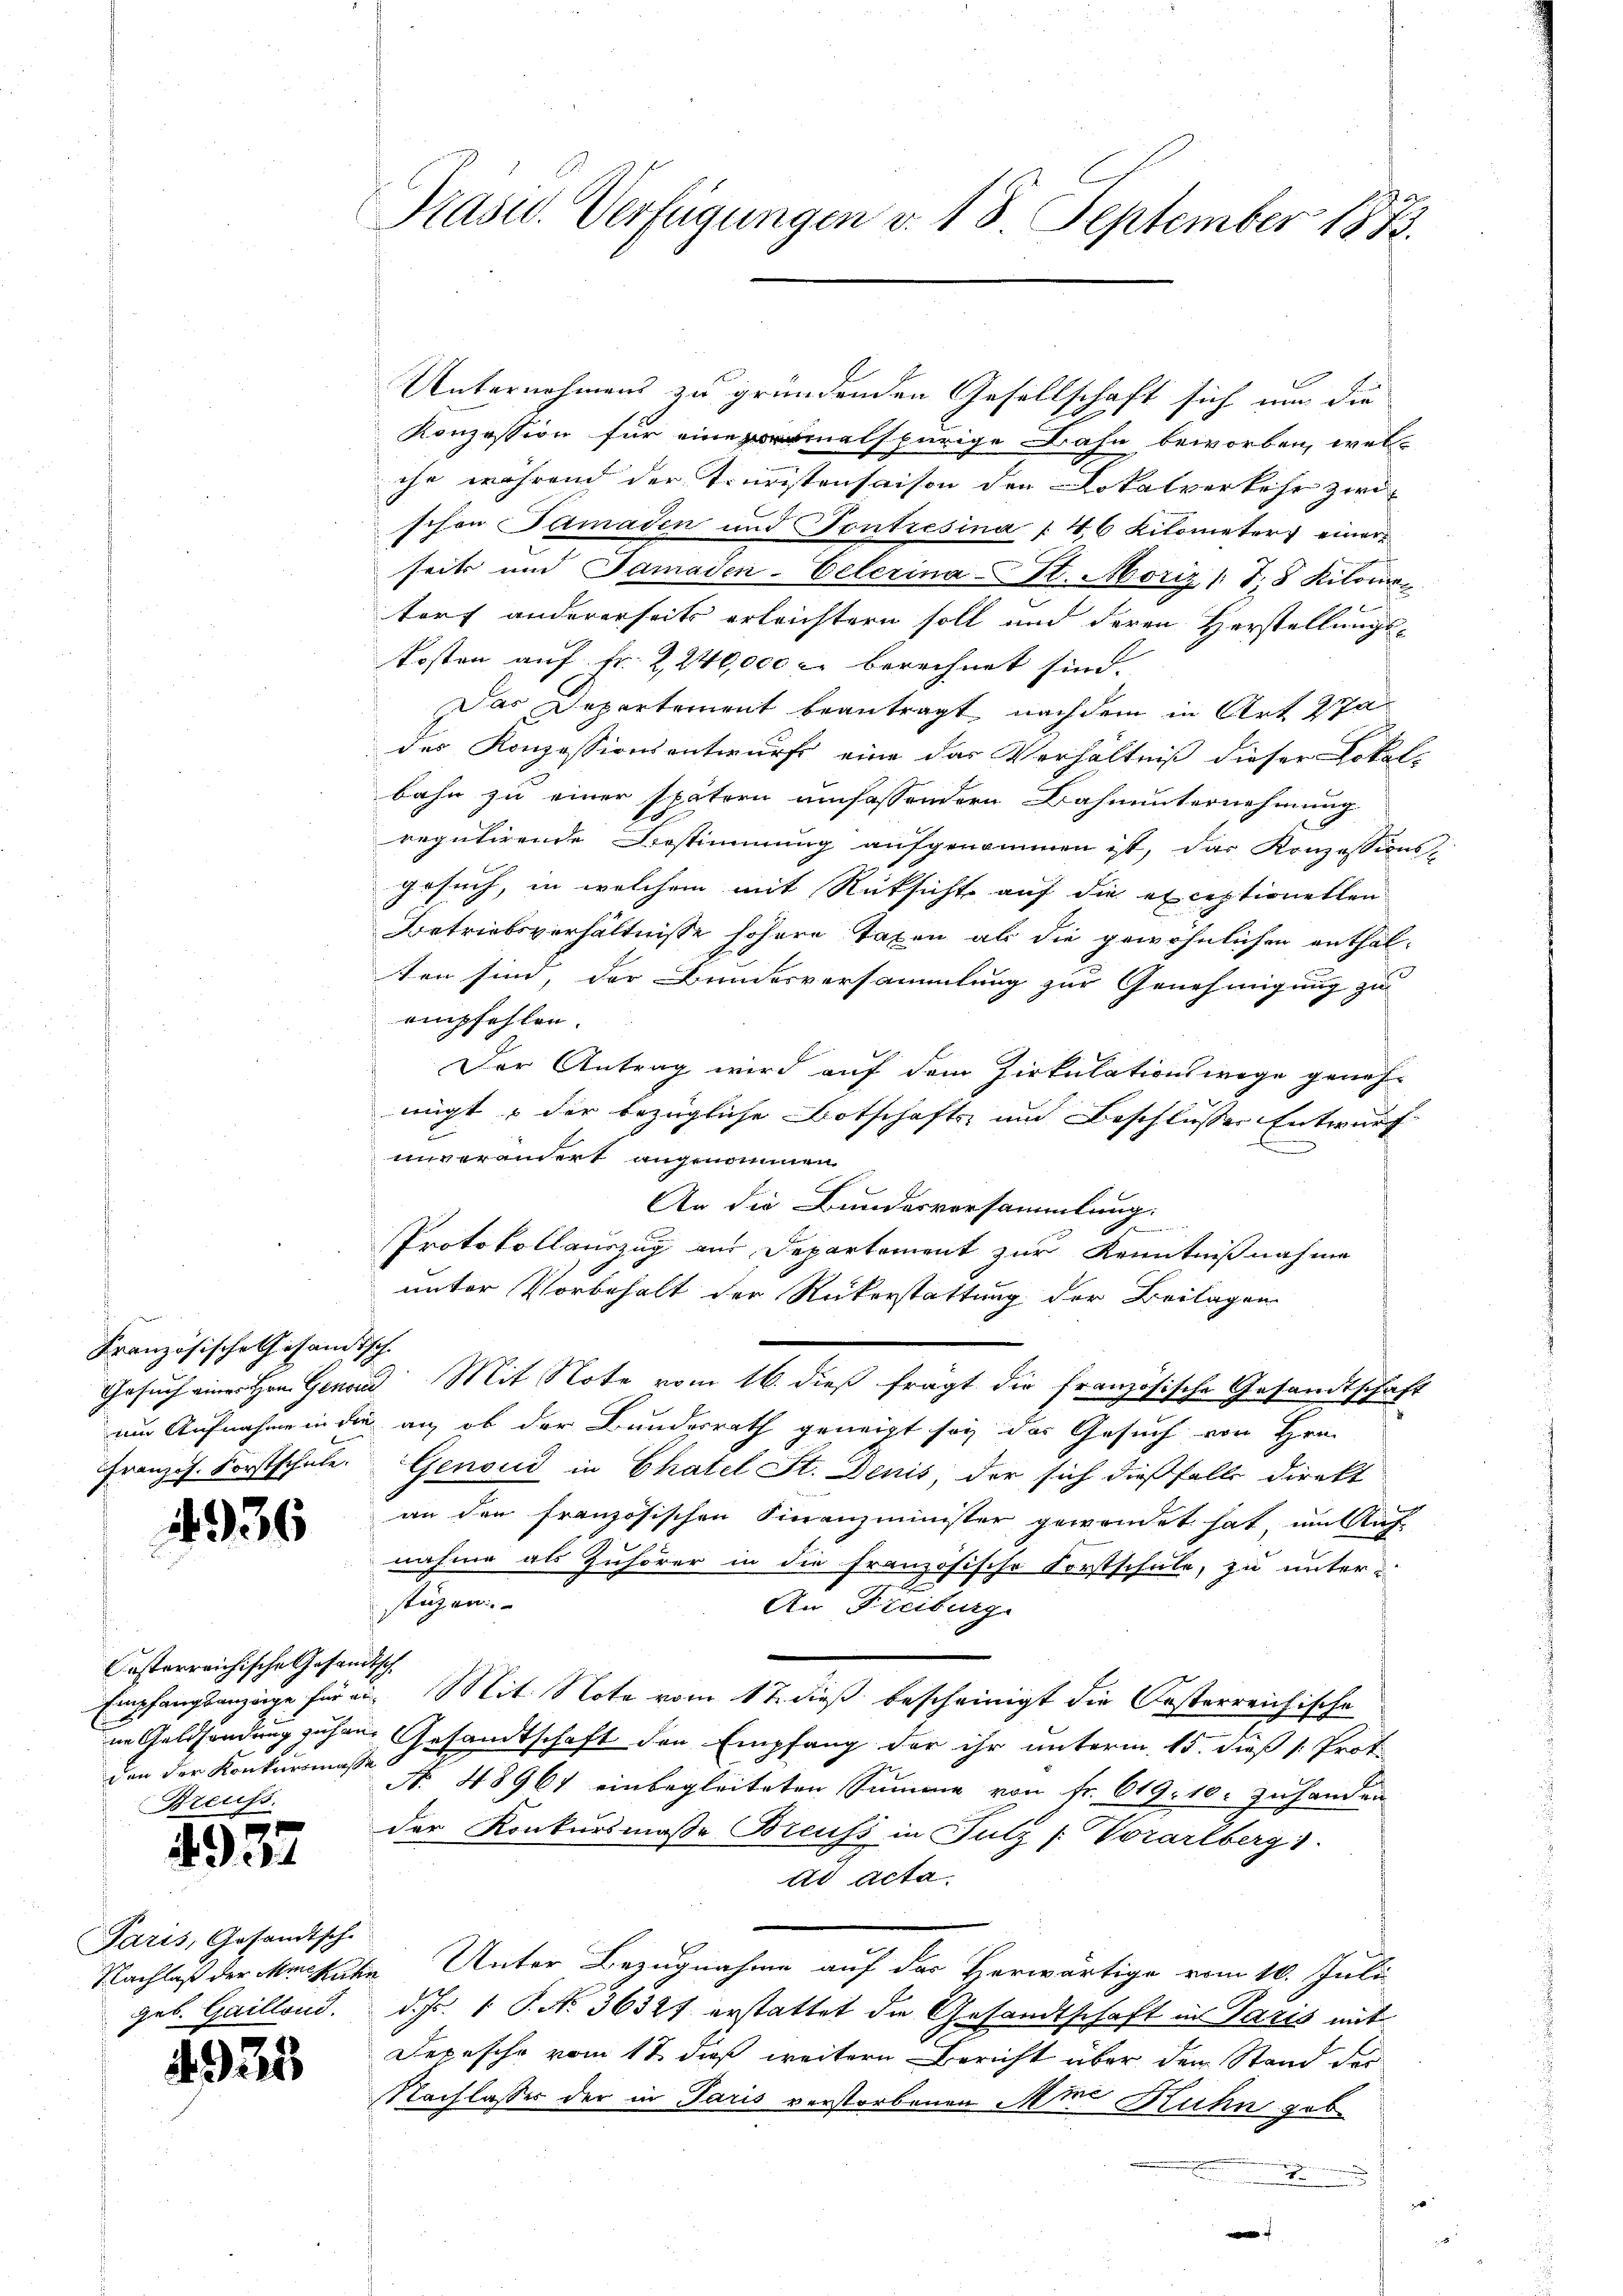
Französische Gesandtsch
Französ. Forstschule.

4936

Casterreichische Gesammden der Konkursmasse
Breuss.

4937

Paris, Gesandtsch.
Nachlaß der Murkatio
geb. Gaillond.

4933

Präsid. Verfügungen v. 18. September 1873.

Konzession für einemalspurige Bahn beworben, wel-
che während der Truristensaison den Lokalverkehr zwi
schen Samaden und ontresina [4,6 Kilometers einer
seits und Samaden-Celerina St. Moriz (T.8 Kilomi
torf andererseits erleichtern soll und deren Herstellungs¬
Kosten auf fr. 2,240,000 c. berechnet sind.
Das Departement beantragt, nachdem in Art 27
der Konzessionsentwurf eine das Verhältniß dieser Lokal-
bahn zu einer spätern umfassendern Bahnunternehmung
regulirende Bestimmung aufgenommen ist, das Konzessions-
gesuch, in welchem mit Rücksicht auf die exceptionellen
Betriebsverhältnisse höhere Taxen als die gewöhnlichen enthalten sind, der Bundesversammlung zur Genehmigung zu
empfehlen.
Der Antrag wird auf dem Zirkulationswege geneh
migt & der bezügliche Botschafts- und Beschlusses Entwurf
2
unverändert angenommen
An die Bundesversammlung:
Protokollauszug aus Departement zur Kenntnißnahme
unter Vorbehalt der Rükerstattung der Beilagen
Gesuch einer Hrn. Genand Mit Note vom 16. dieß fragt die französische Gesandtschaft
um Aufnahme in die an, ob der Bundesrath geneigt sey das Gesuch von Hrn.
Genoud in Chatel St. Denis, der sich dießfalls direkt
an den französischen Finanzminister gewendet hat im Auf
nahme als Zuhörer in die Französische Forstschule, zu unter-
stützen.
An Freiburg.
h
Empfangsanzüge für ein Mit Note vom 17. dieß bescheinigt die Oesterreichische
in Geldsendung suchen Gesandtschaft den Empfang der ihr unterm 15. dieß (: Prot.
No. 48961 einbegleiteten Summe von Fr. 619. 10. zuhanden
der Konkursmasse Breufs in Fulz / Vorarlberg 1.
ad acta.
“ Unter Bezugnahme auf der Herwärtige vom 10. Juli
d. Js. 1 P. N. 36327 erstattet die Gesandtschaft in Paris mit
Depesche vom 17. dieß weitern Bericht über dem Stand der
Nachlasser der in Paris verstorbenen Mine Ruhn geb.
.

Unternehmens zu gründenden Gesellschaft sich noch die